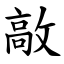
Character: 㪣